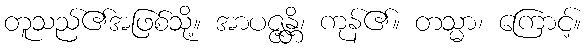
တူသည်၏အဖြစ်သို့။ အာပဇ္ဇန္တိ၊ ကုန်၏။ တသ္မာ၊ ကြောင့်။